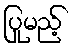
ပြုမည့်